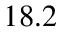
1 8 . 2